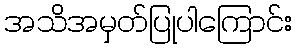
အသိအမှတ်ပြုပါကြောင်း